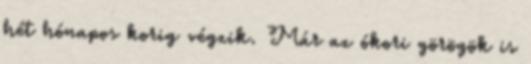
hét hónapos korig végzik. Már az ókori görögök is